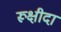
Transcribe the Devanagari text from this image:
रूक्षीदा